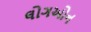
લોગઓન